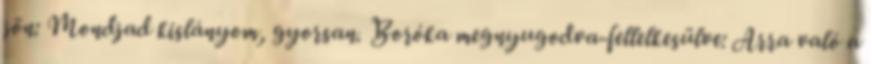
jön: Mondjad kislányom, gyorsan. Boróka megnyugodva-fellelkesülve: Arra való a